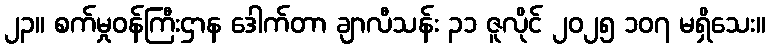
၂၃။ စက်မှုဝန်ကြီးဌာန ဒေါက်တာ ချာလီသန်း ၃၁ ဇူလိုင် ၂၀၂၅ ၁၀၇ မရှိသေး။